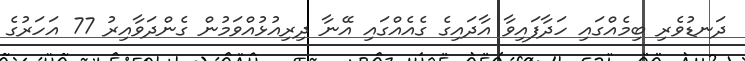
ދަނޑުވެރި ބިމެއްގައި ހަދާފައިވާ އާދައިގެ ގެއެއްގައި އޭނާ ދިރިއުޅުއްވަމުން ގެންދަވާއިރު 77 އަހަރުގެ